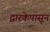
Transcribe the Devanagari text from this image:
द्वारकेपासून